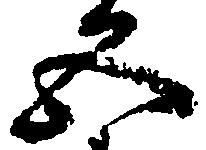
五